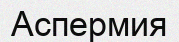
Аспермия